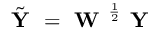
\tilde { \textbf { Y } } = \textbf { W } ^ { \frac { 1 } { 2 } } \textbf { Y }